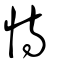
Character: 恃